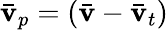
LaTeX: \bar{\mathbf{v}}_{p}=\left(\bar{\mathbf{v}}-\bar{\mathbf{v}}_{t}\right)